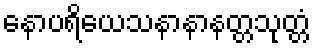
နောပရိယေသနာနာနတ္တသုတ္တံ